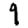
Digit: 9